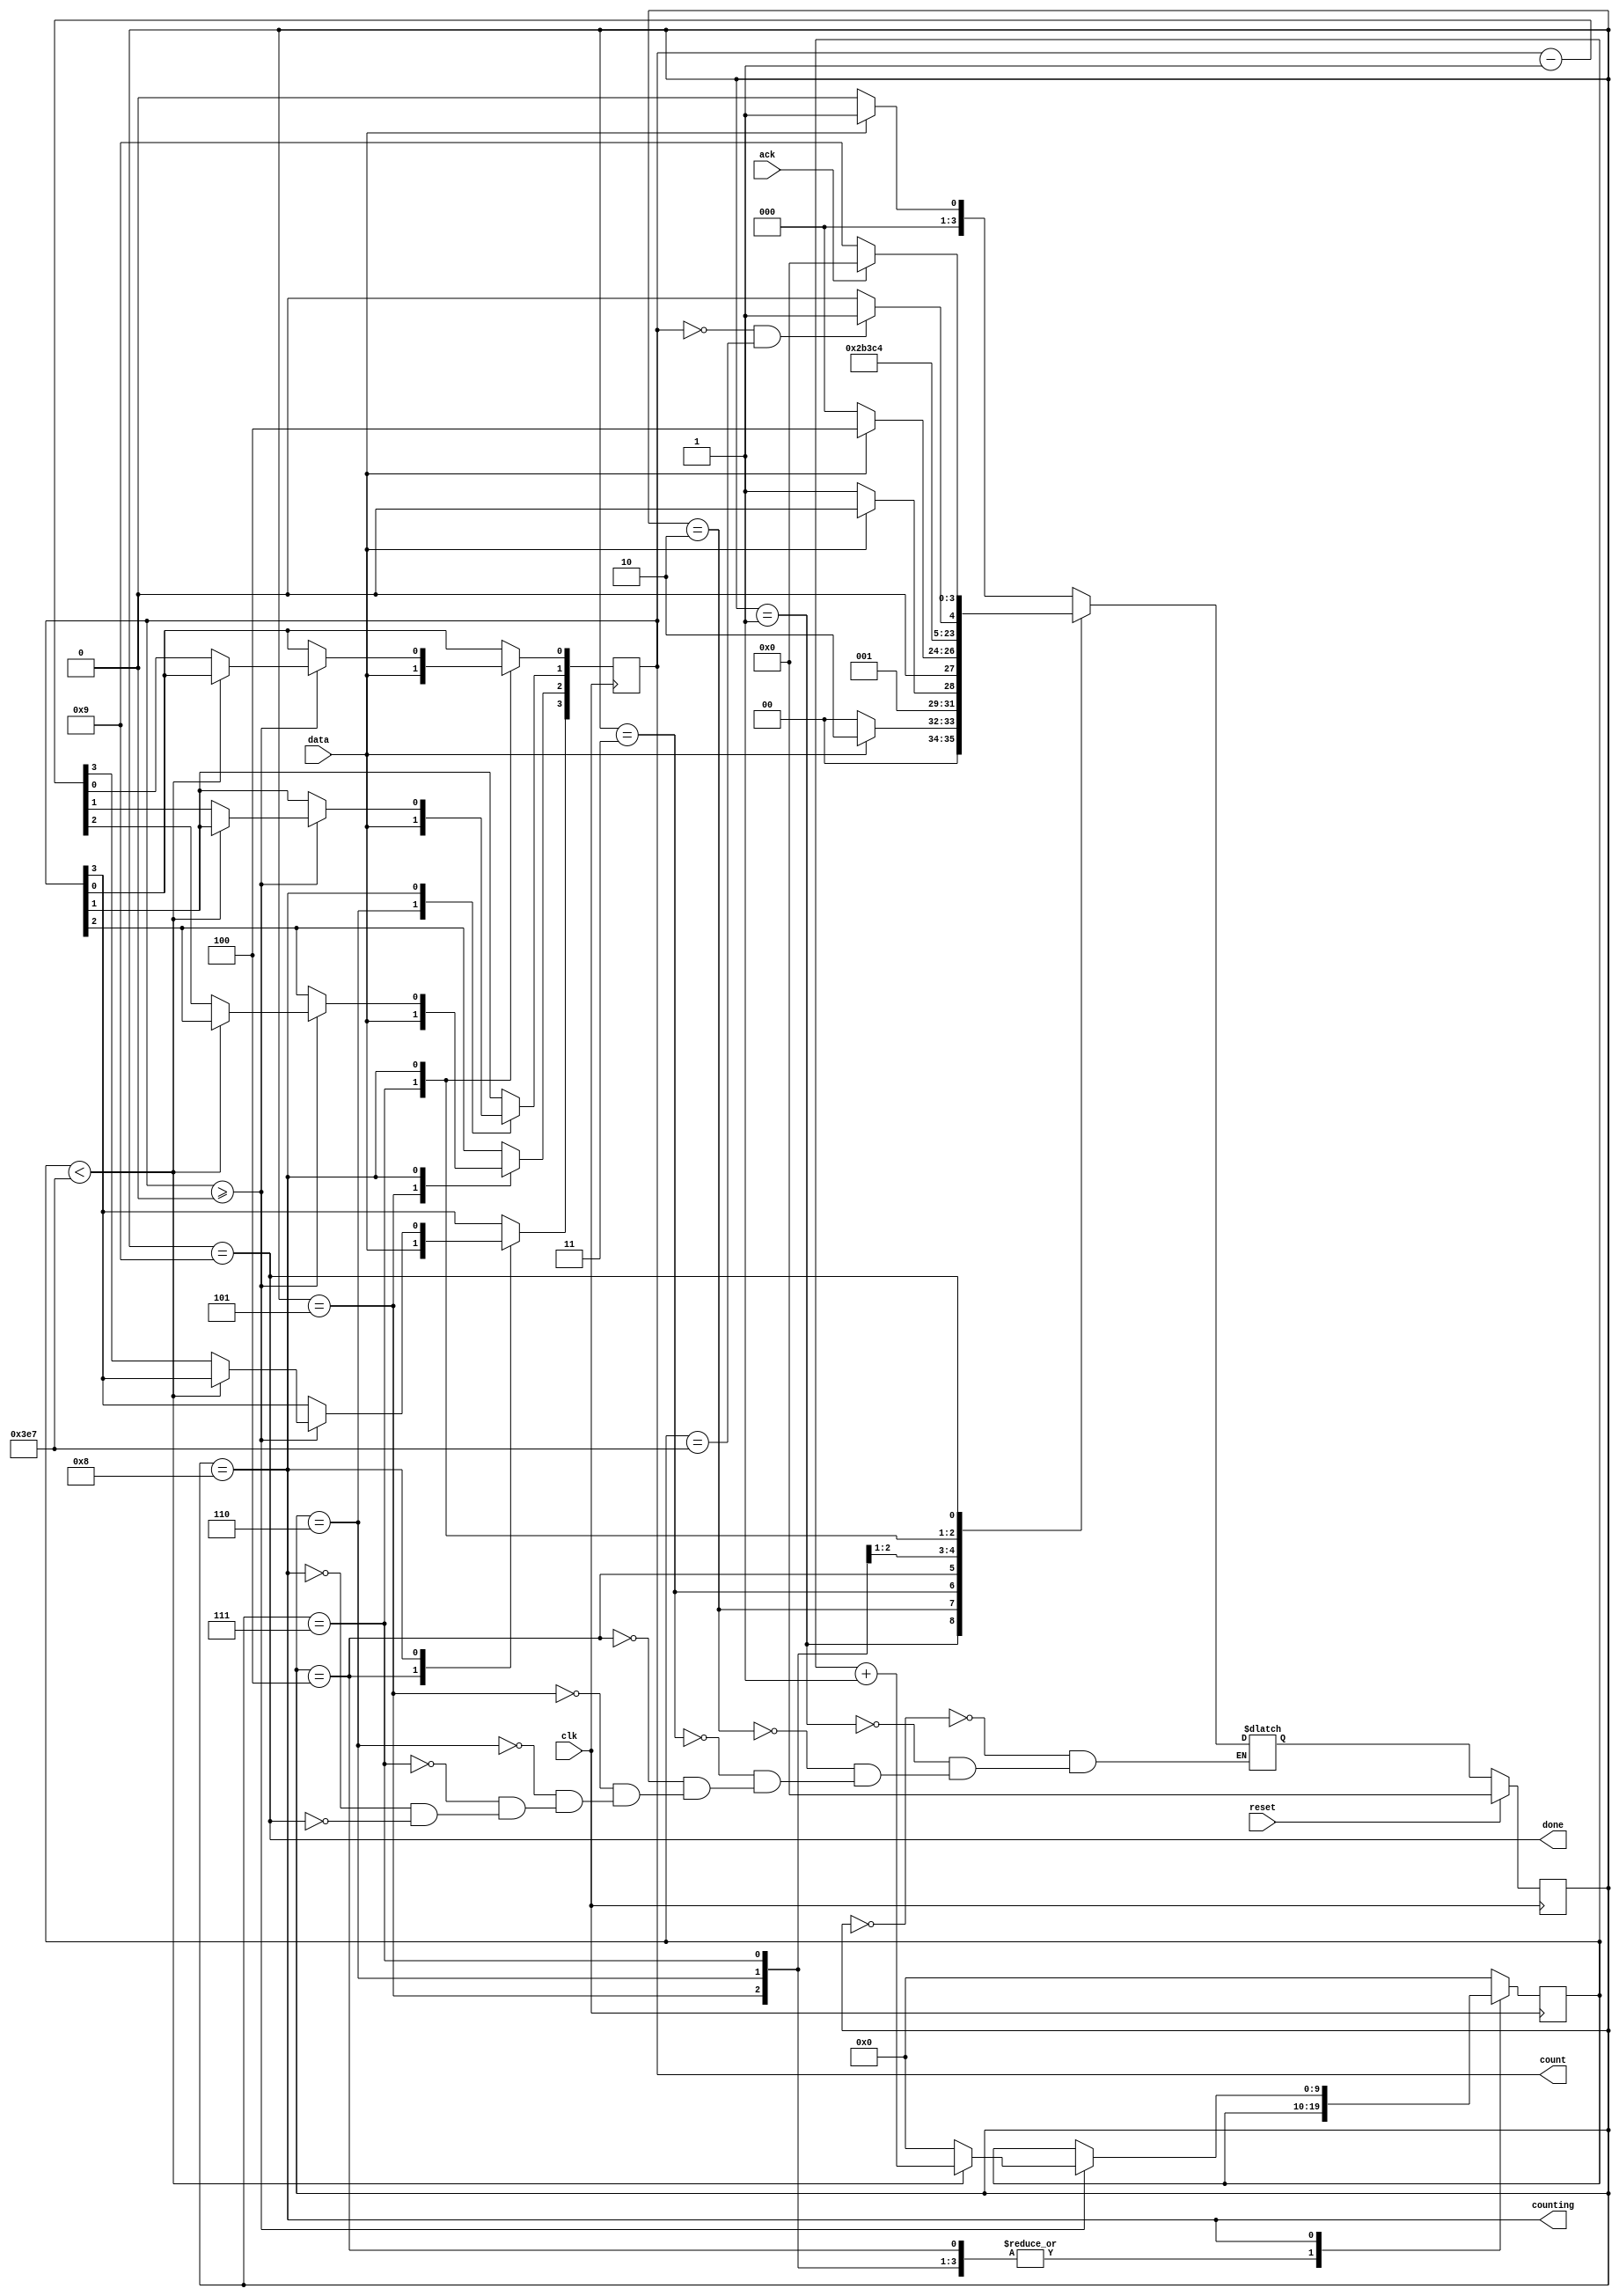
module top_module (input clk,reset,data,ack,output counting,done,output [3:0] count);
parameter s=0,s1=1,s11=2,s110=3,b0=4,b1=5,b2=6,b3=7,counts=8,waits=9;
    reg [3:0] state, next,delay;
    reg [9:0] count_1000;
    always@(*)begin
        case(state)
        	s   : next = data ? s1 : s;
       	 	s1  : next = data ? s11 : s;
        	s11 : next = data ? s11 : s110;
        	s110: next = data ? b0 : s;
        	b0  : next = b1;
        	b1  : next = b2;
        	b2  : next = b3;
            b3  : next = counts;
            counts: next = (count==0 & count_1000==999) ? waits : counts ;
            waits: next = ack ? s : waits;
        endcase end
    always@(posedge clk)begin
        if(reset) state<=s;
        else state<=next;end
  always @(posedge clk) begin
		case (state) 
			b0 : count[3] <= data;
			b1 : count[2] <= data;
			b2 : count[1] <= data;
			b3 : count[0] <= data;
			counts : begin
				if (count >= 0) begin
					if (count_1000 < 999) count_1000 <= count_1000 + 1;
					else begin
						count <= count - 1;
						count_1000 <= 0;end
				end end default : count_1000 <= 0;
		endcase end
	assign counting = (state==counts);
    assign done = (state==waits);	
endmodule